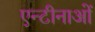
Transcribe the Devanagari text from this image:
एन्टीनाओं